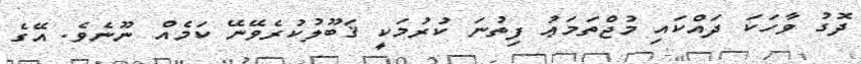
ދޮގު ވާހަކަ ދައްކައި މުޖްތަމަޢު ފިތުނަ ކުރުމަކީ ޤަބޫލުކުރެވޭނޭ ކަމެއް ނޫނެވެ. އޭގެ